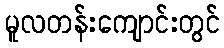
မူလတန်းကျောင်းတွင်